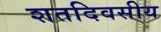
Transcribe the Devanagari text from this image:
शतदिवसीय